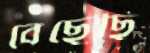
বেছেছি